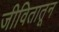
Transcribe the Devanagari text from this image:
जीवितातून